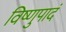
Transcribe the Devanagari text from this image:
विष्णुपादं